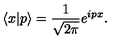
\langle x | p \rangle = { \frac { 1 } { \sqrt { 2 \pi } } } e ^ { i p x } .